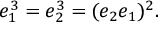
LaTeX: e _ { 1 } ^ { 3 } = e _ { 2 } ^ { 3 } = ( e _ { 2 } e _ { 1 } ) ^ { 2 } .